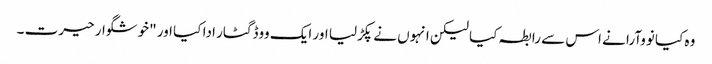
وہ کیا نووآرا نے اس سے رابطہ کیا لیکن انہوں نے پکڑلیا اور ایک ووڈ گٹار ادا کیا اور "خوشگوار حیرت ۔